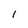
Character: 1